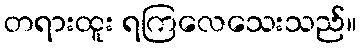
တရားထူး ရကြလေသေးသည်။